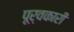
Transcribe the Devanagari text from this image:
पूर्वकारी